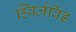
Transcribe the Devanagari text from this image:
ह्विर्लविंड